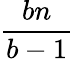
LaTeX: \frac{bn}{b-1}